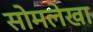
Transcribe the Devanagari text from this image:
सोमलेखा